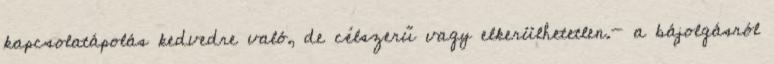
kapcsolatápolás kedvedre való, de célszerű vagy elkerülhetetlen.- a bájolgásról